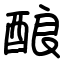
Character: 酿